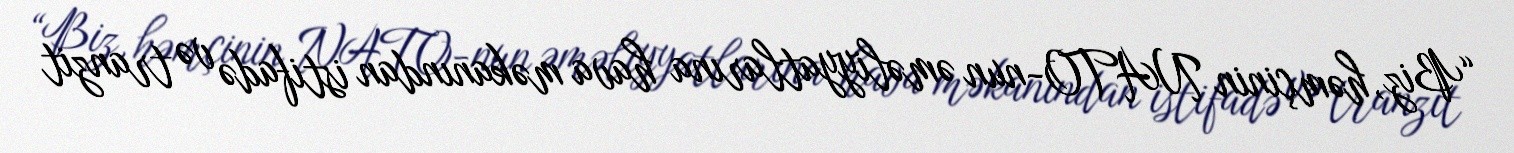
“Biz, həmçinin NATO-nun əməliyyatlarına hava məkanından istifadə və tranzit